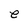
Character: e